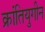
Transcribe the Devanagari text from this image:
क्रांतियुगीन